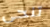
تنحى